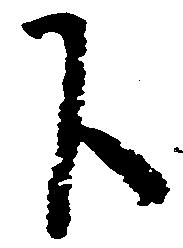
下